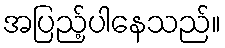
အပြည့်ပါနေသည်။